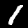
Label: 1